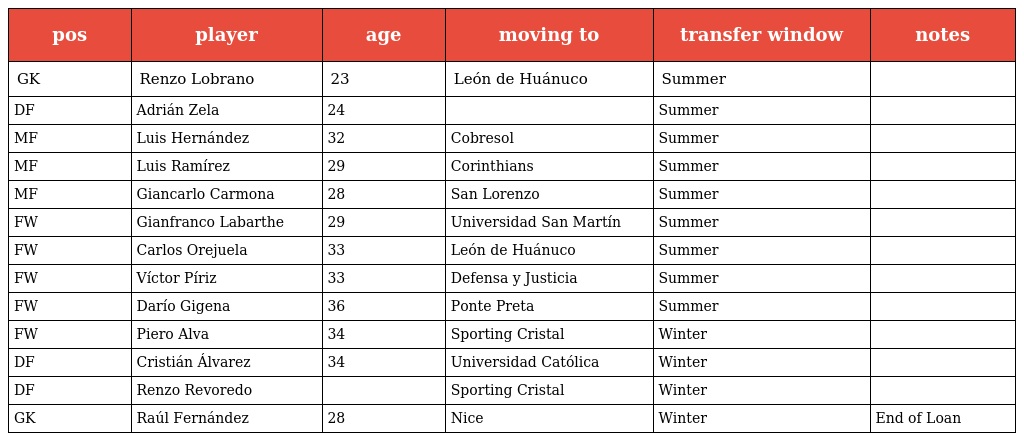
| pos | player | age | moving to | transfer window | notes |
 | --- | --- | --- | --- | --- | --- |
 | GK | Renzo Lobrano | 23 | León de Huánuco | Summer |  |
 | DF | Adrián Zela | 24 |  | Summer |  |
 | MF | Luis Hernández | 32 | Cobresol | Summer |  |
 | MF | Luis Ramírez | 29 | Corinthians | Summer |  |
 | MF | Giancarlo Carmona | 28 | San Lorenzo | Summer |  |
 | FW | Gianfranco Labarthe | 29 | Universidad San Martín | Summer |  |
 | FW | Carlos Orejuela | 33 | León de Huánuco | Summer |  |
 | FW | Víctor Píriz | 33 | Defensa y Justicia | Summer |  |
 | FW | Darío Gigena | 36 | Ponte Preta | Summer |  |
 | FW | Piero Alva | 34 | Sporting Cristal | Winter |  |
 | DF | Cristián Álvarez | 34 | Universidad Católica | Winter |  |
 | DF | Renzo Revoredo |  | Sporting Cristal | Winter |  |
 | GK | Raúl Fernández | 28 | Nice | Winter | End of Loan |